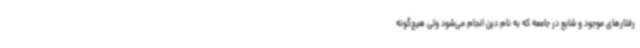
رفتارهای موجود و شایع در جامعه که به نام دین انجام می‌شود ولی هیچ‌گونه